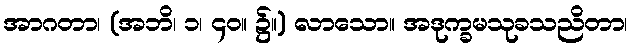
အာဂတာ၊ (အဘိ၊ ၁၊ ၄၀။ ၌။) လာသော။ အဒုက္ခမသုခသညိတာ၊